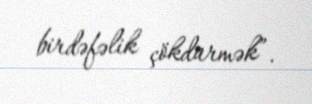
birdəfəlik çökdürmək”.